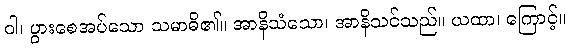
ဝါ၊ ပွားစေအပ်သော သမာဓိ၏။ အာနိသံသော၊ အာနိသင်သည်။ ယထာ၊ ကြောင့်။